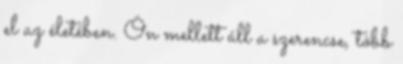
el az életében. Ön mellett áll a szerencse, több